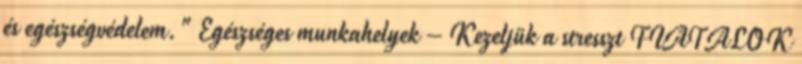
és egészségvédelem." Egészséges munkahelyek – Kezeljük a stresszt FIATALOK